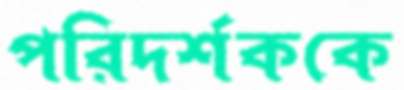
পরিদর্শককে